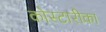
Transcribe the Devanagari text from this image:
कोस्टारीका